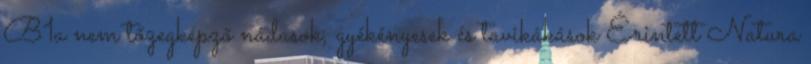
B1a nem tőzegképző nádasok, gyékényesek és tavikákások Érintett Natura